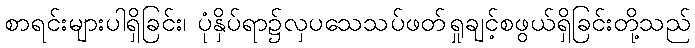
စာရင်းများပါရှိခြင်း၊ ပုံနှိပ်ရာ၌လှပသေသပ်ဖတ်ရှုချင့်စဖွယ်ရှိခြင်းတို့သည်